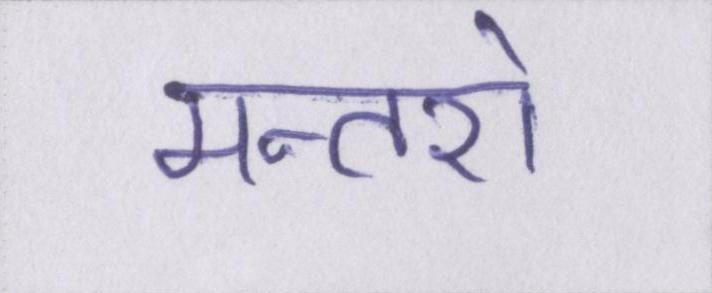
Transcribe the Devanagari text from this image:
मन्तरो